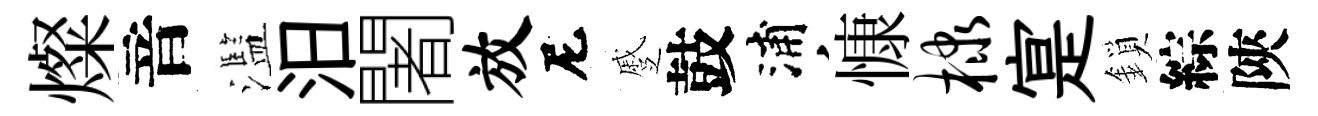
燦音濫汨闍放尼蹙鼓浦慷棣寔鎖綜陝